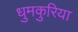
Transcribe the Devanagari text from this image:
धुमकुरिया